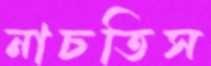
নাচতিস